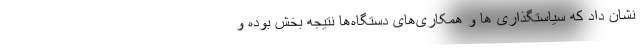
نشان داد که سیاستگذاری ها و همکاری‌های دستگاه‌ها نتیجه بخش بوده و